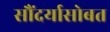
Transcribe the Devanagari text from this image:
सौंदर्यासोबत